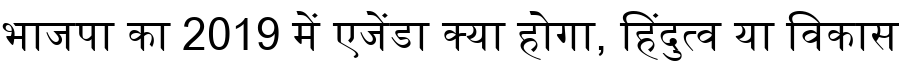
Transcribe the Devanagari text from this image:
भाजपा का 2019 में एजेंडा क्या होगा, हिंदुत्व या विकास